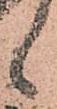
候